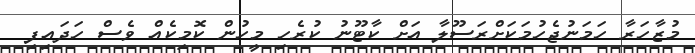
މުޒާހަރާ ހަމަނުޖެހުމަކަށްރަސޫލާ އަށް ކާޓޫނު ކުރެހި މީހުން ކޮމިކެއް ވެސް ހަދައިފި